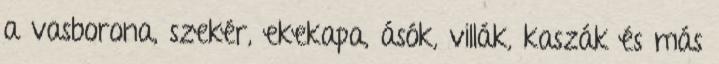
a vasborona, szekér, ekekapa, ásók, villák, kaszák és más